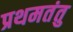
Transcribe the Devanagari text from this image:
प्रथमतंतु